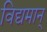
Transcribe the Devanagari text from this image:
विद्यमान्